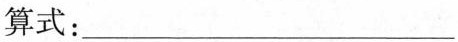
算式：___